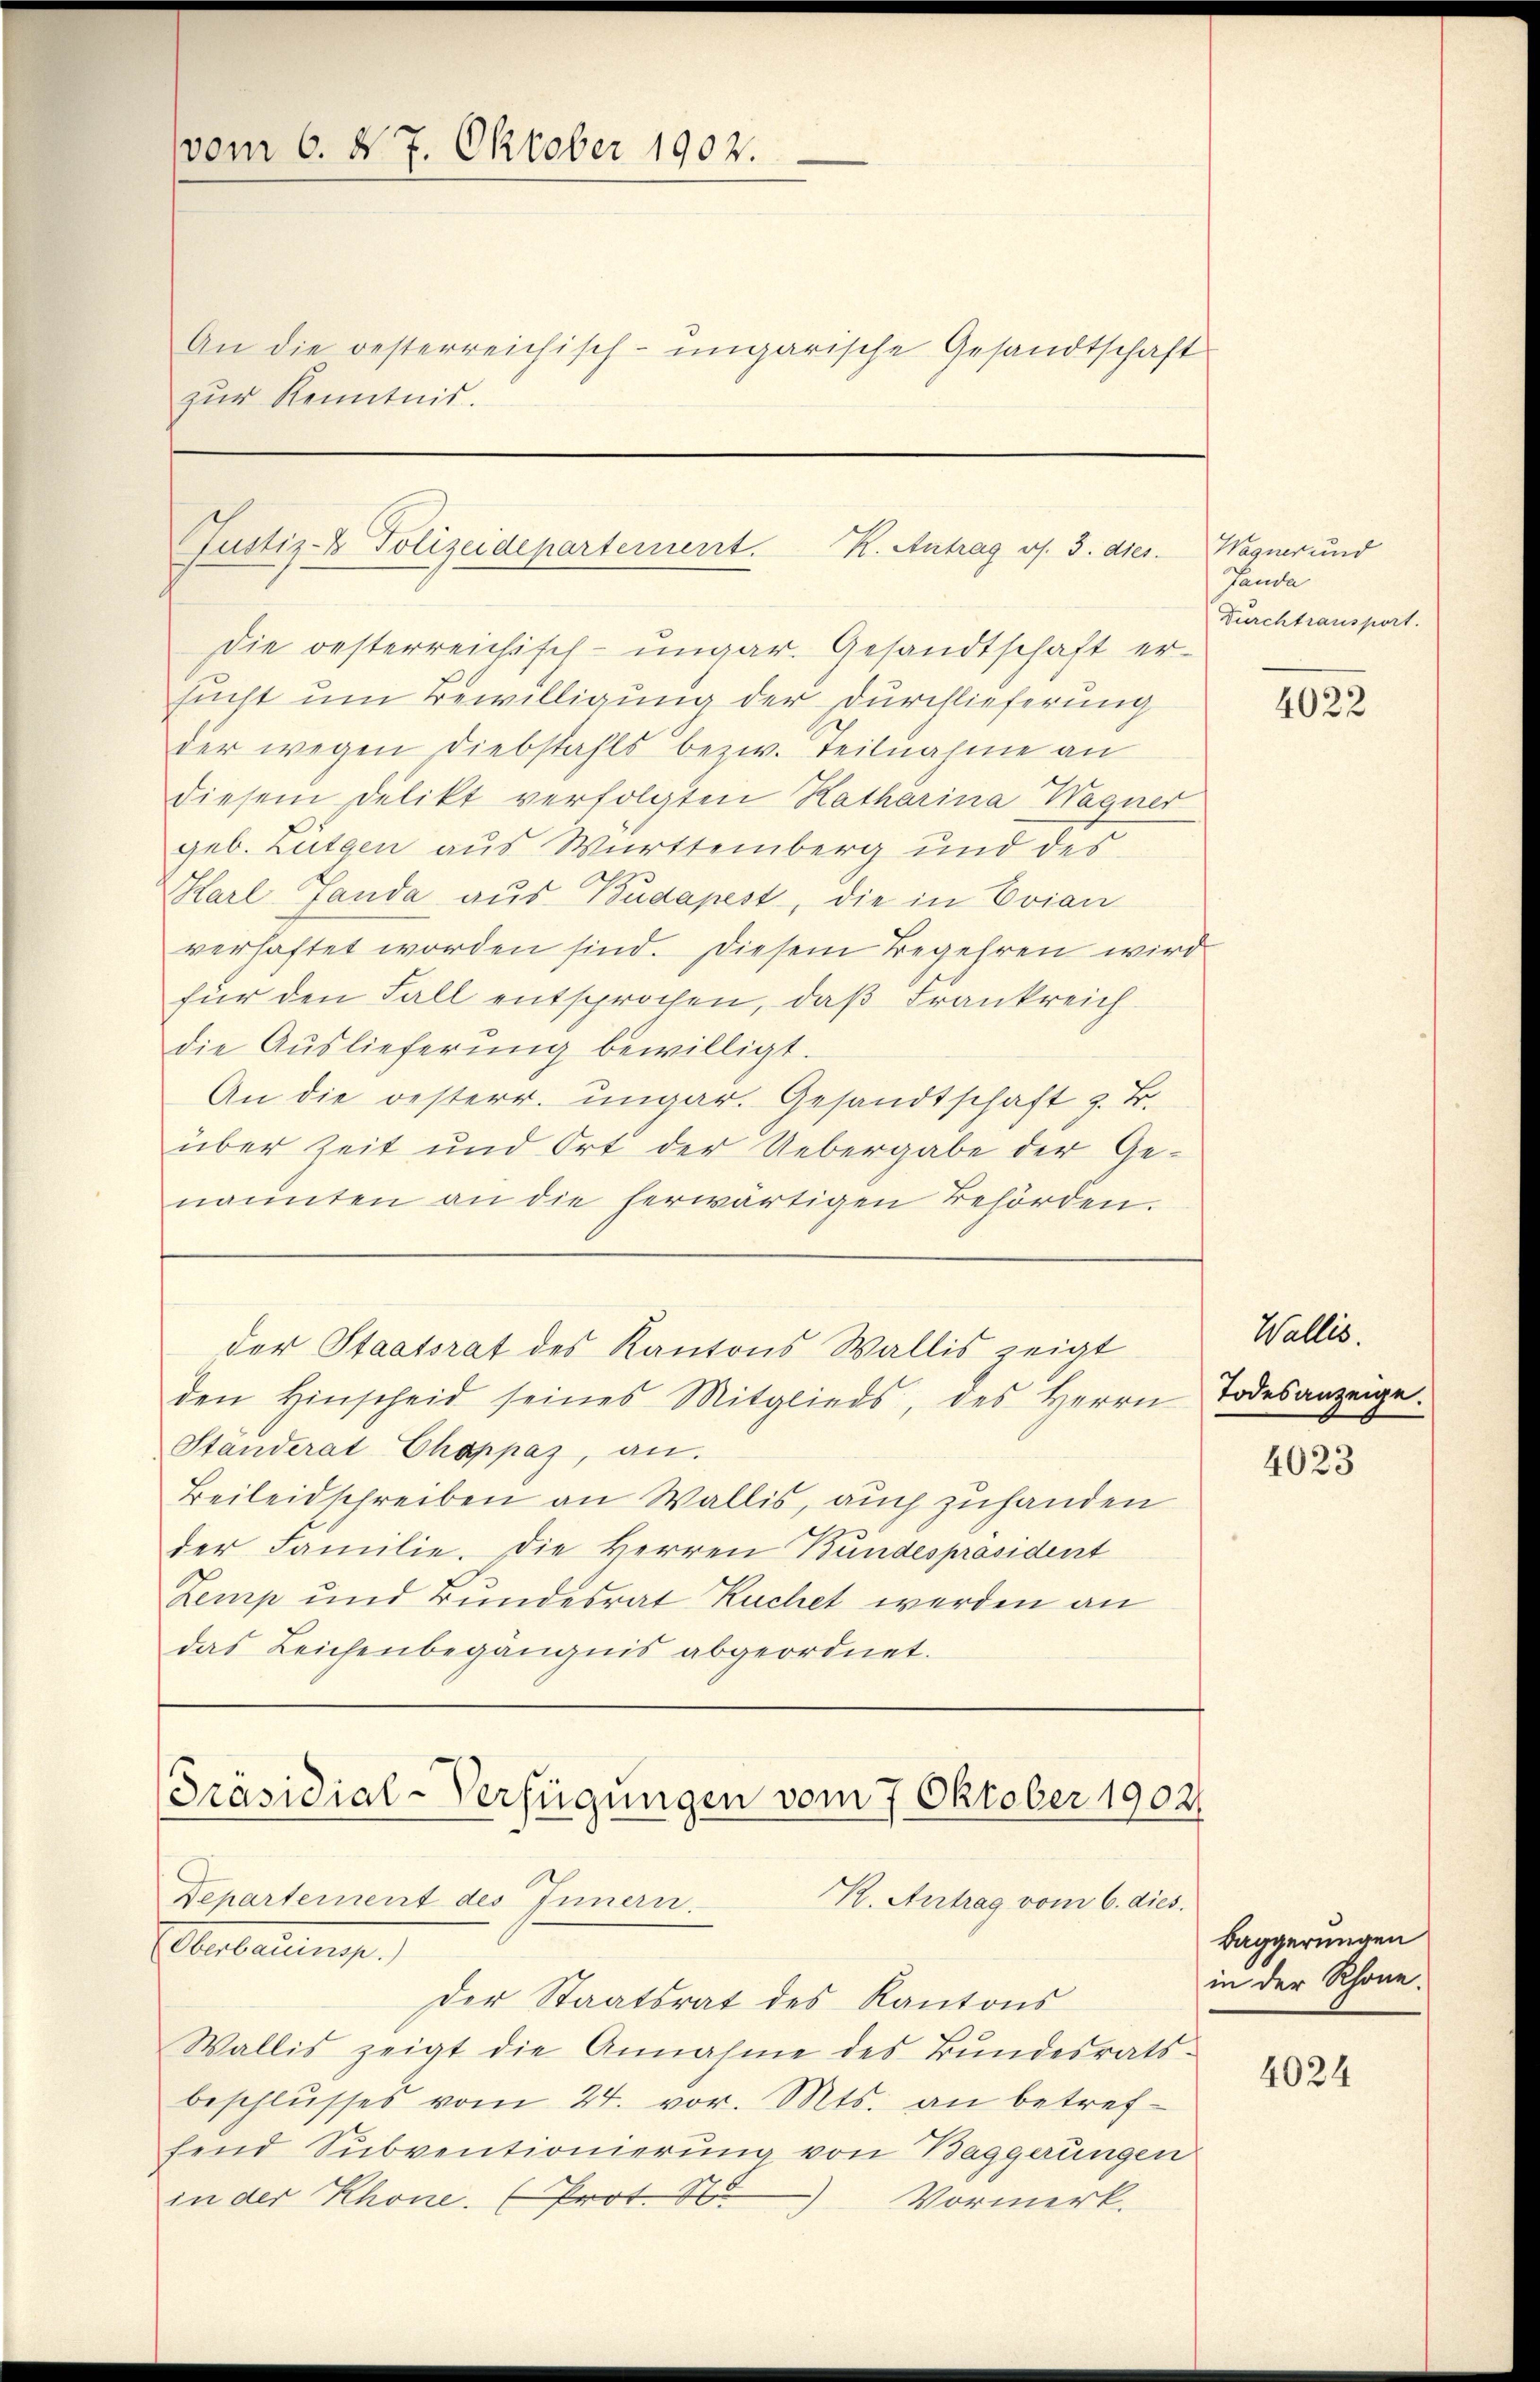
vom 6. d. 7. Oktober 1902.
An die oesterreichisch-ungarische Gesandtschaft
zur Kenntnis.

Justiz- & Polizeidepartement. K. Antrag es. 3. dies

Die oesterreichisch-ungar. Gesandtschaft ersucht um Bewilligung der Durchlieferung
der wegen diebstahls bezw. Teilnahme an
diesem Delikt verfolgten Katharina Wagner
geb. Lützen aus Württemberg und des
Karl Landa aus Budapest, die in Evian
verhaftet worden sind. Diesem Begehren wird
für den Fall entsprochen, daß Frankreich
die Auslieferung bewilligt.
An die oesterr. ungar. Gesandtschaft z. B.
über Zeit und Ort der Uebergabe der Ge-
nannten an die herwärtigen Behörden.
der Staatsrat des Kantons Wallis zeigt
den Hinscheid seines Mitglieds, des Herrn
Standerat Chappaz, an.
Beileidschreiben an Wallis, auch zuhanden
der Familie. Die Herren Bundespräsident
Zemp und Bundesrat Kuchet werden an
das Leichenbegängnis abgeordnet.

Präsidial-Verfügungen vom 7. Oktober 1902.
Departement des Innern.
K. Antrag vom 6. dies.

Ebnerung.
der Staatsrat des Kantons
Wallis zeigt die Annahme des Bŭndesrats-
beschlusses vom 24. vor. Mts. an betreffend Subventionierung von Baggerungen
in der Rhone. (Prot. St
 Vormerk.

Wagner und
Panda
Durchtransport.

4022

Wallis.
Todesanzeige.

4023

Baggerungen
in der Rhone.

4024